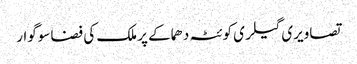
تصاویری گیلری کوئٹہ دھماکے پر ملک کی فضا سوگوار